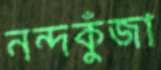
নন্দকুঁজা